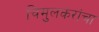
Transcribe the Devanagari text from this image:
चिमुलकरांचा